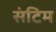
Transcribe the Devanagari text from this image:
संटिम